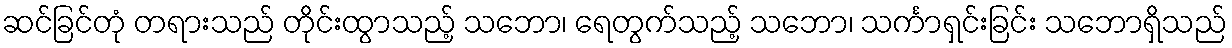
ဆင်ခြင်တုံ တရားသည် တိုင်းထွာသည့် သဘော၊ ရေတွက်သည့် သဘော၊ သင်္ကာရှင်းခြင်း သဘောရှိသည်